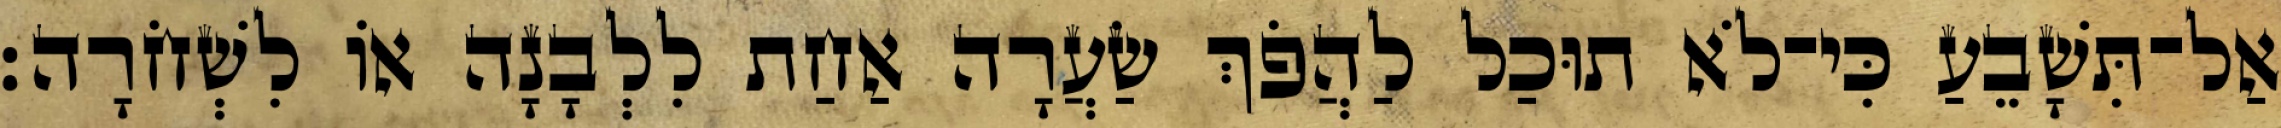
אַל־תִּשָׁבֵעַ כִּי־לֹא תוּכַל לַהֲפֹךְ שַׂעֲרָה אַחַת לִלְבָנָה אוֹ לִשְׁחֹרָה׃